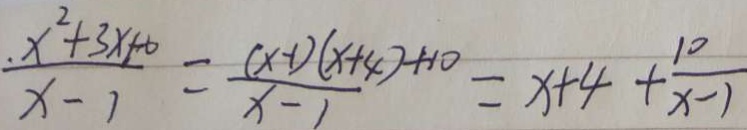
\frac { . x ^ { 2 } + 3 x 1 0 } { x - 1 } = \frac { ( x - 1 ) ( x + 4 ) + 1 0 } { x - 1 } = x + 4 + \frac { 1 0 } { x - 1 }